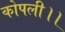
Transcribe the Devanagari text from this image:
कोपली।।